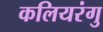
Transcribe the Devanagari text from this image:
कलियरंगु